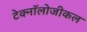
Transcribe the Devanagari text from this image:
टेक्नॉलोजीकल